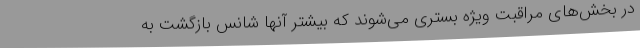
در بخش‌های مراقبت ویژه بستری می‌شوند که بیشتر آنها شانس بازگشت به